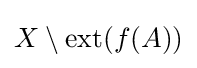
X\setminus \operatorname {ext} (f(A))